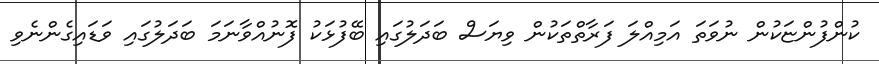
ކުންފުންޏަކުން ނުވަތަ އަމިއްލަ ފަރާތްތަކުން ވިޔަސް ބަދަލުގައި ބޭފުޅަކު ފޮނުއްވާނަމަ ބަދަލުގައި ވަޑައިގެންނެވި